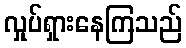
လှုပ်ရှားနေကြသည်